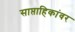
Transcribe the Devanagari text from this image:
साप्ताहिकांवर